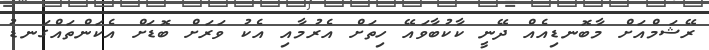
ރޭޝަމްއަށް މާބޮނޑިއެއް ދޭނީ ކާކުބާވައޭ ހިތަށް އެރުމާއި އެކު ވަރަށް ބޮޑަށް އެކަންތައްގަނޑު